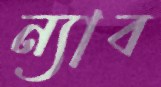
ন্যাব